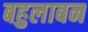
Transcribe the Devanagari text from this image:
बहुलाबन